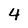
Character: 4